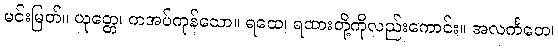
မင်းမြတ်။ ယုတ္တေ၊ ကအပ်ကုန်သော။ ရထေ၊ ရထားတို့ကိုလည်းကောင်း။ အလင်္ကတေ၊